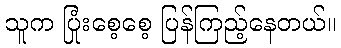
သူက ပြုံးစေ့စေ့ ပြန်ကြည့်နေတယ်။